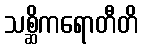
သစ္ဆိကရောတီတိ